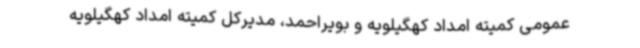
عمومی کمیته امداد کهگیلویه و بویراحمد، مدیرکل کمیته امداد کهگیلویه